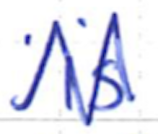
Text: is
Cross-out: zig-zag
Writing tool: ballpoint